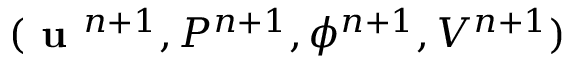
( \textbf { u } ^ { n + 1 } , P ^ { n + 1 } , \phi ^ { n + 1 } , V ^ { n + 1 } )